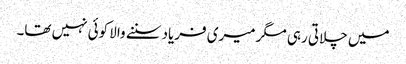
میں چلاتی رہی مگر میری فریاد سننے والا کوئی نہیں تھا۔